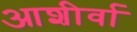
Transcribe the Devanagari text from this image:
आशीर्वा